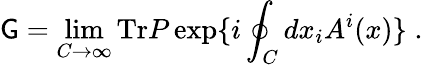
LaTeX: \mathsf{G}=\operatorname*{lim}_{C\to\infty}\mathrm{{Tr}}P\exp\{ i\oint_{C}dx_{i}A^{i}(x)\} \; .